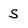
Character: S